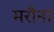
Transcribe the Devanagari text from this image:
मरौना